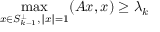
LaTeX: \operatorname* { m a x } _ { x \in S _ { k - 1 } ^ { \perp } , \| x \| = 1 } ( A x , x ) \geq \lambda _ { k }